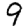
Digit: 9